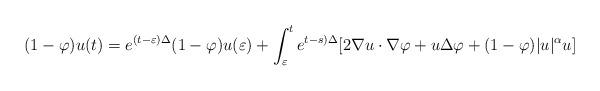
LaTeX: \begin{align*} (1-\varphi ) u(t)= e^{(t- \varepsilon ) \Delta } (1-\varphi ) u(\varepsilon ) + \int _\varepsilon ^t e^{t-s) \Delta } [ 2\nabla u\cdot \nabla \varphi +u\Delta \varphi + (1- \varphi ) |u|^\alpha u ]\end{align*}